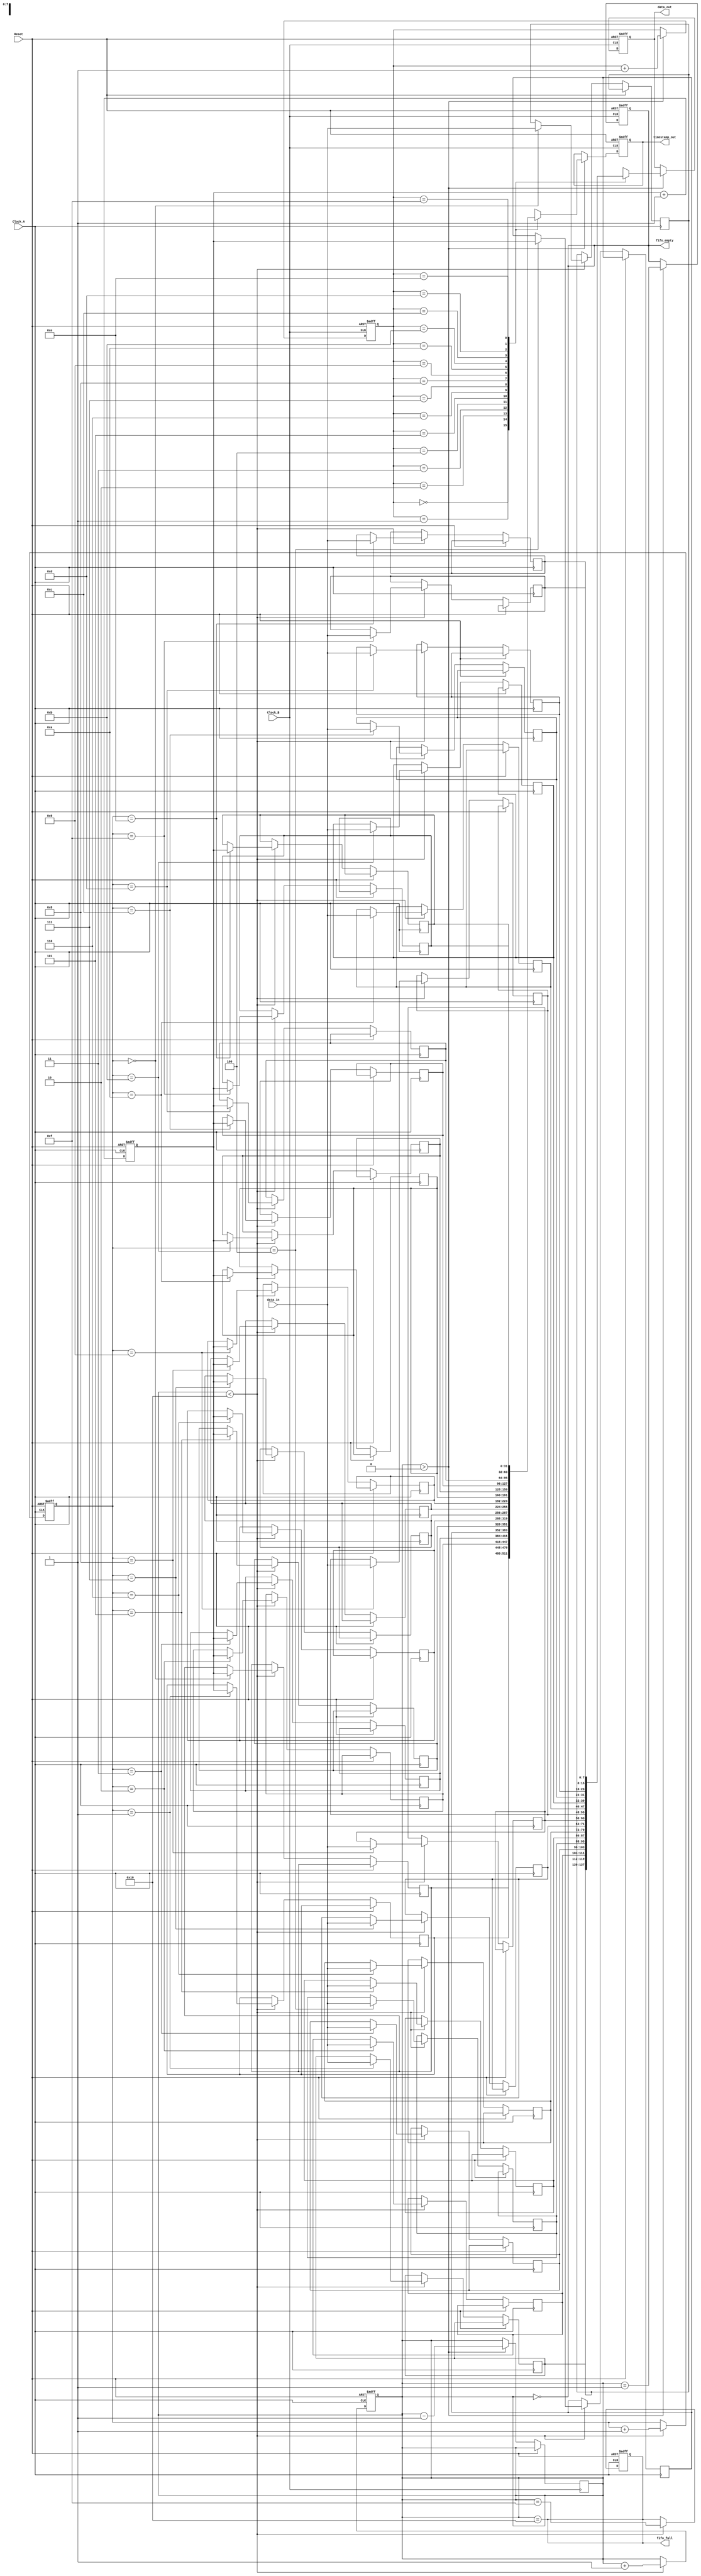
module time_stamped_synchronizer (
    input wire Clock_A,
    input wire Clock_B,
    input wire Reset,
    input wire [7:0] data_in,          // Input data from Clock_A domain
    output reg [7:0] data_out,         // Output data to Clock_B domain
    output reg [31:0] timestamp_out,   // Time stamp output
    output reg fifo_empty,             // FIFO empty flag
    output reg fifo_full               // FIFO full flag
);

    // FIFO parameters
    parameter FIFO_DEPTH = 16;
    parameter ADDR_WIDTH = 4; // log2(FIFO_DEPTH)

    // FIFO storage
    reg [7:0] fifo_data[FIFO_DEPTH-1:0];
    reg [31:0] fifo_timestamp[FIFO_DEPTH-1:0];
    reg [ADDR_WIDTH-1:0] write_ptr;
    reg [ADDR_WIDTH-1:0] read_ptr;
    reg [ADDR_WIDTH:0] fifo_count; // Count of items in FIFO

    // Time stamp counter
    reg [31:0] timestamp_counter;

    // Write logic in Clock_A domain
    always @(posedge Clock_A or posedge Reset) begin
        if (Reset) begin
            write_ptr <= 0;
            fifo_count <= 0;
            timestamp_counter <= 0;
            fifo_full <= 0;
        end else begin
            if (fifo_count < FIFO_DEPTH) begin
                fifo_data[write_ptr] <= data_in;
                fifo_timestamp[write_ptr] <= timestamp_counter;
                write_ptr <= write_ptr + 1;
                fifo_count <= fifo_count + 1;
                fifo_full <= (fifo_count == FIFO_DEPTH - 1);
            end
            timestamp_counter <= timestamp_counter + 1; // Increment timestamp
        end
    end

    // Read logic in Clock_B domain
    always @(posedge Clock_B or posedge Reset) begin
        if (Reset) begin
            read_ptr <= 0;
            fifo_empty <= 1;
            data_out <= 0;
            timestamp_out <= 0;
        end else begin
            if (fifo_count > 0) begin
                data_out <= fifo_data[read_ptr];
                timestamp_out <= fifo_timestamp[read_ptr];
                read_ptr <= read_ptr + 1;
                fifo_count <= fifo_count - 1;
                fifo_empty <= (fifo_count == 1);
            end
        end
    end

    // FIFO empty/full status
    always @(*) begin
        fifo_empty = (fifo_count == 0);
        fifo_full = (fifo_count == FIFO_DEPTH);
    end

endmodule